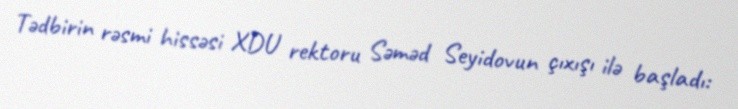
Tədbirin rəsmi hissəsi XDU rektoru Səməd Seyidovun çıxışı ilə başladı: